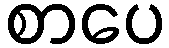
စာပေ